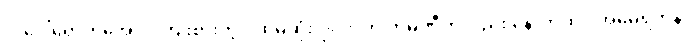
လပေါ်ရောက်အောင် ကြိုးစားတဲ့ ပထမဆုံး ပုဂ္ဂလိက ကုမ္ပဏီကလည်း နောက်ထပ် အမေရိကန်